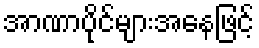
အာဏာပိုင်များအနေဖြင့်